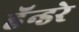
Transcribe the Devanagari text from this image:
हॅन्डरे